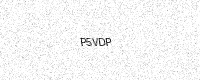
Text: P5VDP